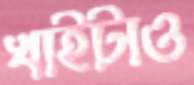
খাইটাও